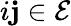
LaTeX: i\mathbf{j}\in\mathcal{E}